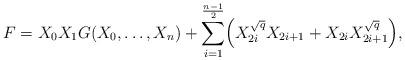
LaTeX: \begin{align*}F=X_0 X_1 G(X_0, \dots , X_n)+ \sum_{i=1}^{\frac{n-1}{2}}\Bigl(X_{2i}^{\sqrt{q}}X_{2i+1} + X_{2i}X_{2i+1}^{\sqrt{q}}\Bigr),\end{align*}